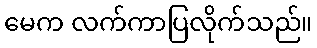
မေက လက်ကာပြလိုက်သည်။